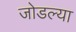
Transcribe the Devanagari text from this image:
जोडल्‍या